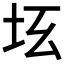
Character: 𡉬